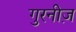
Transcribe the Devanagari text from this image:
गुरनीज़